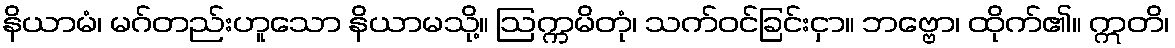
နိယာမံ၊ မဂ်တည်းဟူသော နိယာမသို့။ ဩက္ကမိတုံ၊ သက်ဝင်ခြင်းငှာ။ ဘဗ္ဗော၊ ထိုက်၏။ ဣတိ၊